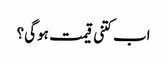
اب کتنی قیمت ہوگی؟